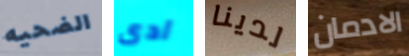
الضحيه ادى لدينا الادمان